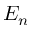
E _ { n }